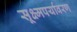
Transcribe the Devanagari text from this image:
सूक्ष्मपर्यावरण